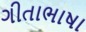
ગીતાભાષા